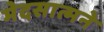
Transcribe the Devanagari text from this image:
मेदसात्मने